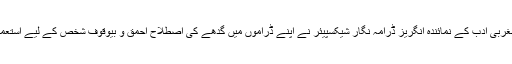
جدید مغربی ادب کے نمائندہ انگریز ڈرامہ نگار شیکسپیئر نے اپنے ڈراموں میں گدھے کی اصطلاح احمق و بیوقوف شخص کے لیے استعمال کی۔